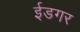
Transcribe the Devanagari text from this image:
ईडगर